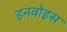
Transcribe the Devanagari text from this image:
इनवोइस